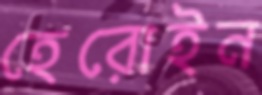
হেরোইন